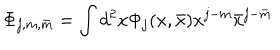
LaTeX: \Phi _ { j , m , \bar { m } } = \int d ^ { 2 } x \Phi _ { j } ( x , \bar { x } ) x ^ { j - m } \bar { x } ^ { j - \bar { m } }